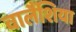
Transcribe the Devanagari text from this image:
वालैंशिया